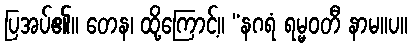
ပြအပ်၏။ တေန၊ ထို့ကြောင့်။ “နဂရံ ရမ္မဝတီ နာမ။ပ။